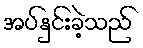
အပ်နှင်းခဲ့သည်